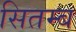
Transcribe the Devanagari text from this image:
सितम्ब